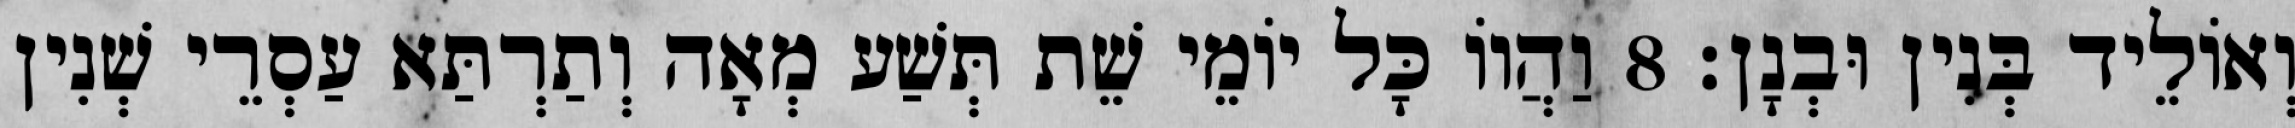
וְאוֹלֵיד בְּנִין וּבְנָן׃ 8 וַהֲווֹ כָּל יוֹמֵי שֵׁת תְּשַׁע מְאָה וְתַרְתַּא עַסְרֵי שְׁנִין